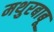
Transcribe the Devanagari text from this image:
मथुरबाबू